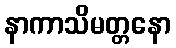
နာကာသိမတ္တနော